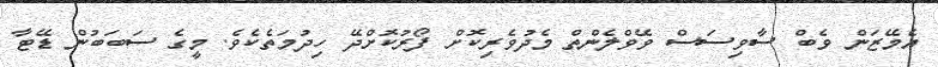
އެމޭޒަން ވެބް ސާވިސަސް ވޭވްލެންތް މެދުވެރިކޮށް ފޯރުކޮށްދޭ ހިދުމަތެކެވެ. މީގެ ސަބަބުން ޑޭޓާ